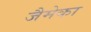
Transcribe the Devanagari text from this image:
जैमेका